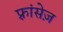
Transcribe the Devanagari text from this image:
फ़्रांसेज़